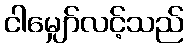
ငါမျှော်လင့်သည်